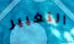
التغيير